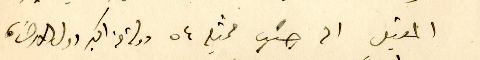
المقبل الى جنب ممثلي ٥٤ دولة من اكبر دول الارض،